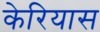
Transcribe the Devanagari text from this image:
केरियास